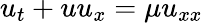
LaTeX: u_{t}+uu_{x}=\mu u_{xx}